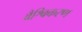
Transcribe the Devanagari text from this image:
वैश्विकरण